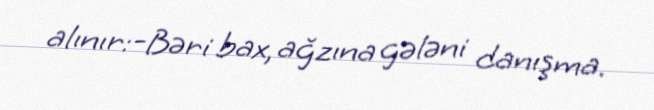
alınır:-Bəri bax, ağzına gələni danışma.